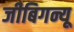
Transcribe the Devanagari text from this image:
जीबिगन्यू